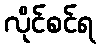
လိုင်စင်ရ